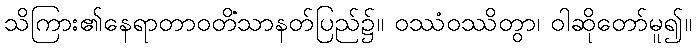
သိကြား၏နေရာတာဝတိံသာနတ်ပြည်၌။ ဝဿံဝဿိတွာ၊ ဝါဆိုတော်မူ၍။